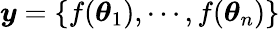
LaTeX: \boldsymbol{y}=\{ f(\boldsymbol{\theta}_{1}),\cdots,f(\boldsymbol{\theta}_{n})\}